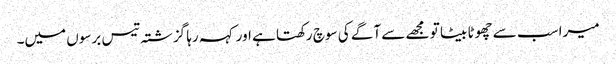
میرا سب سے چھوٹا بیٹا تو مجھے سے آگے کی سوچ رکھتا ہے اور کہہ رہا گزشتہ تیس برسوں میں۔